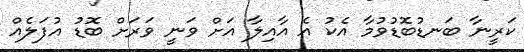
ކަރީނާ ބަނޑުބޮޑުވުމާ އެކު އެ އާއިލާ އަށް ވަނީ ވަރަށް ބޮޑު އުފަލެއް